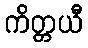
ကိတ္တယီ